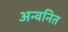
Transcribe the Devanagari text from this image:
अन्वनित